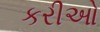
કરીઓ